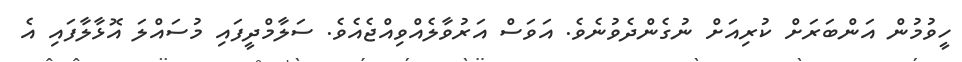
ހީވުމުން އަންބަރަށް ކުރިއަށް ނުގެންދެވުނެވެ. އަވަސް އަރުވާލެއްވިއްޖެއެވެ. ސަލާމްދީފައި މުސައްލަ އޮޅާލާފައި އެ